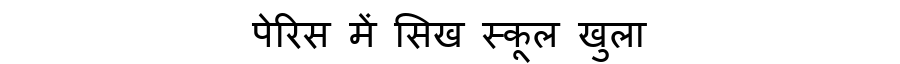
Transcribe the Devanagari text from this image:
पेरिस में सिख स्कूल खुला